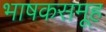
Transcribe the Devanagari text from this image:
भाषकसमूह